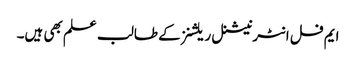
ایم فل انٹرنیشنل ریلشنز کے طالب علم بھی ہیں۔